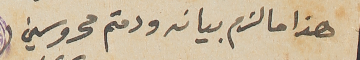
هذا ما لزم بيانه ودمتم محروسين